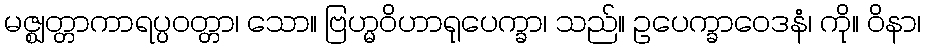
မဇ္ဈတ္တာကာရပ္ပဝတ္တာ၊ သော။ ဗြဟ္မဝိဟာရုပေက္ခာ၊ သည်။ ဥပေက္ခာဝေဒနံ၊ ကို။ ဝိနာ၊